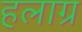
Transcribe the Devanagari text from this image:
हलाग्र